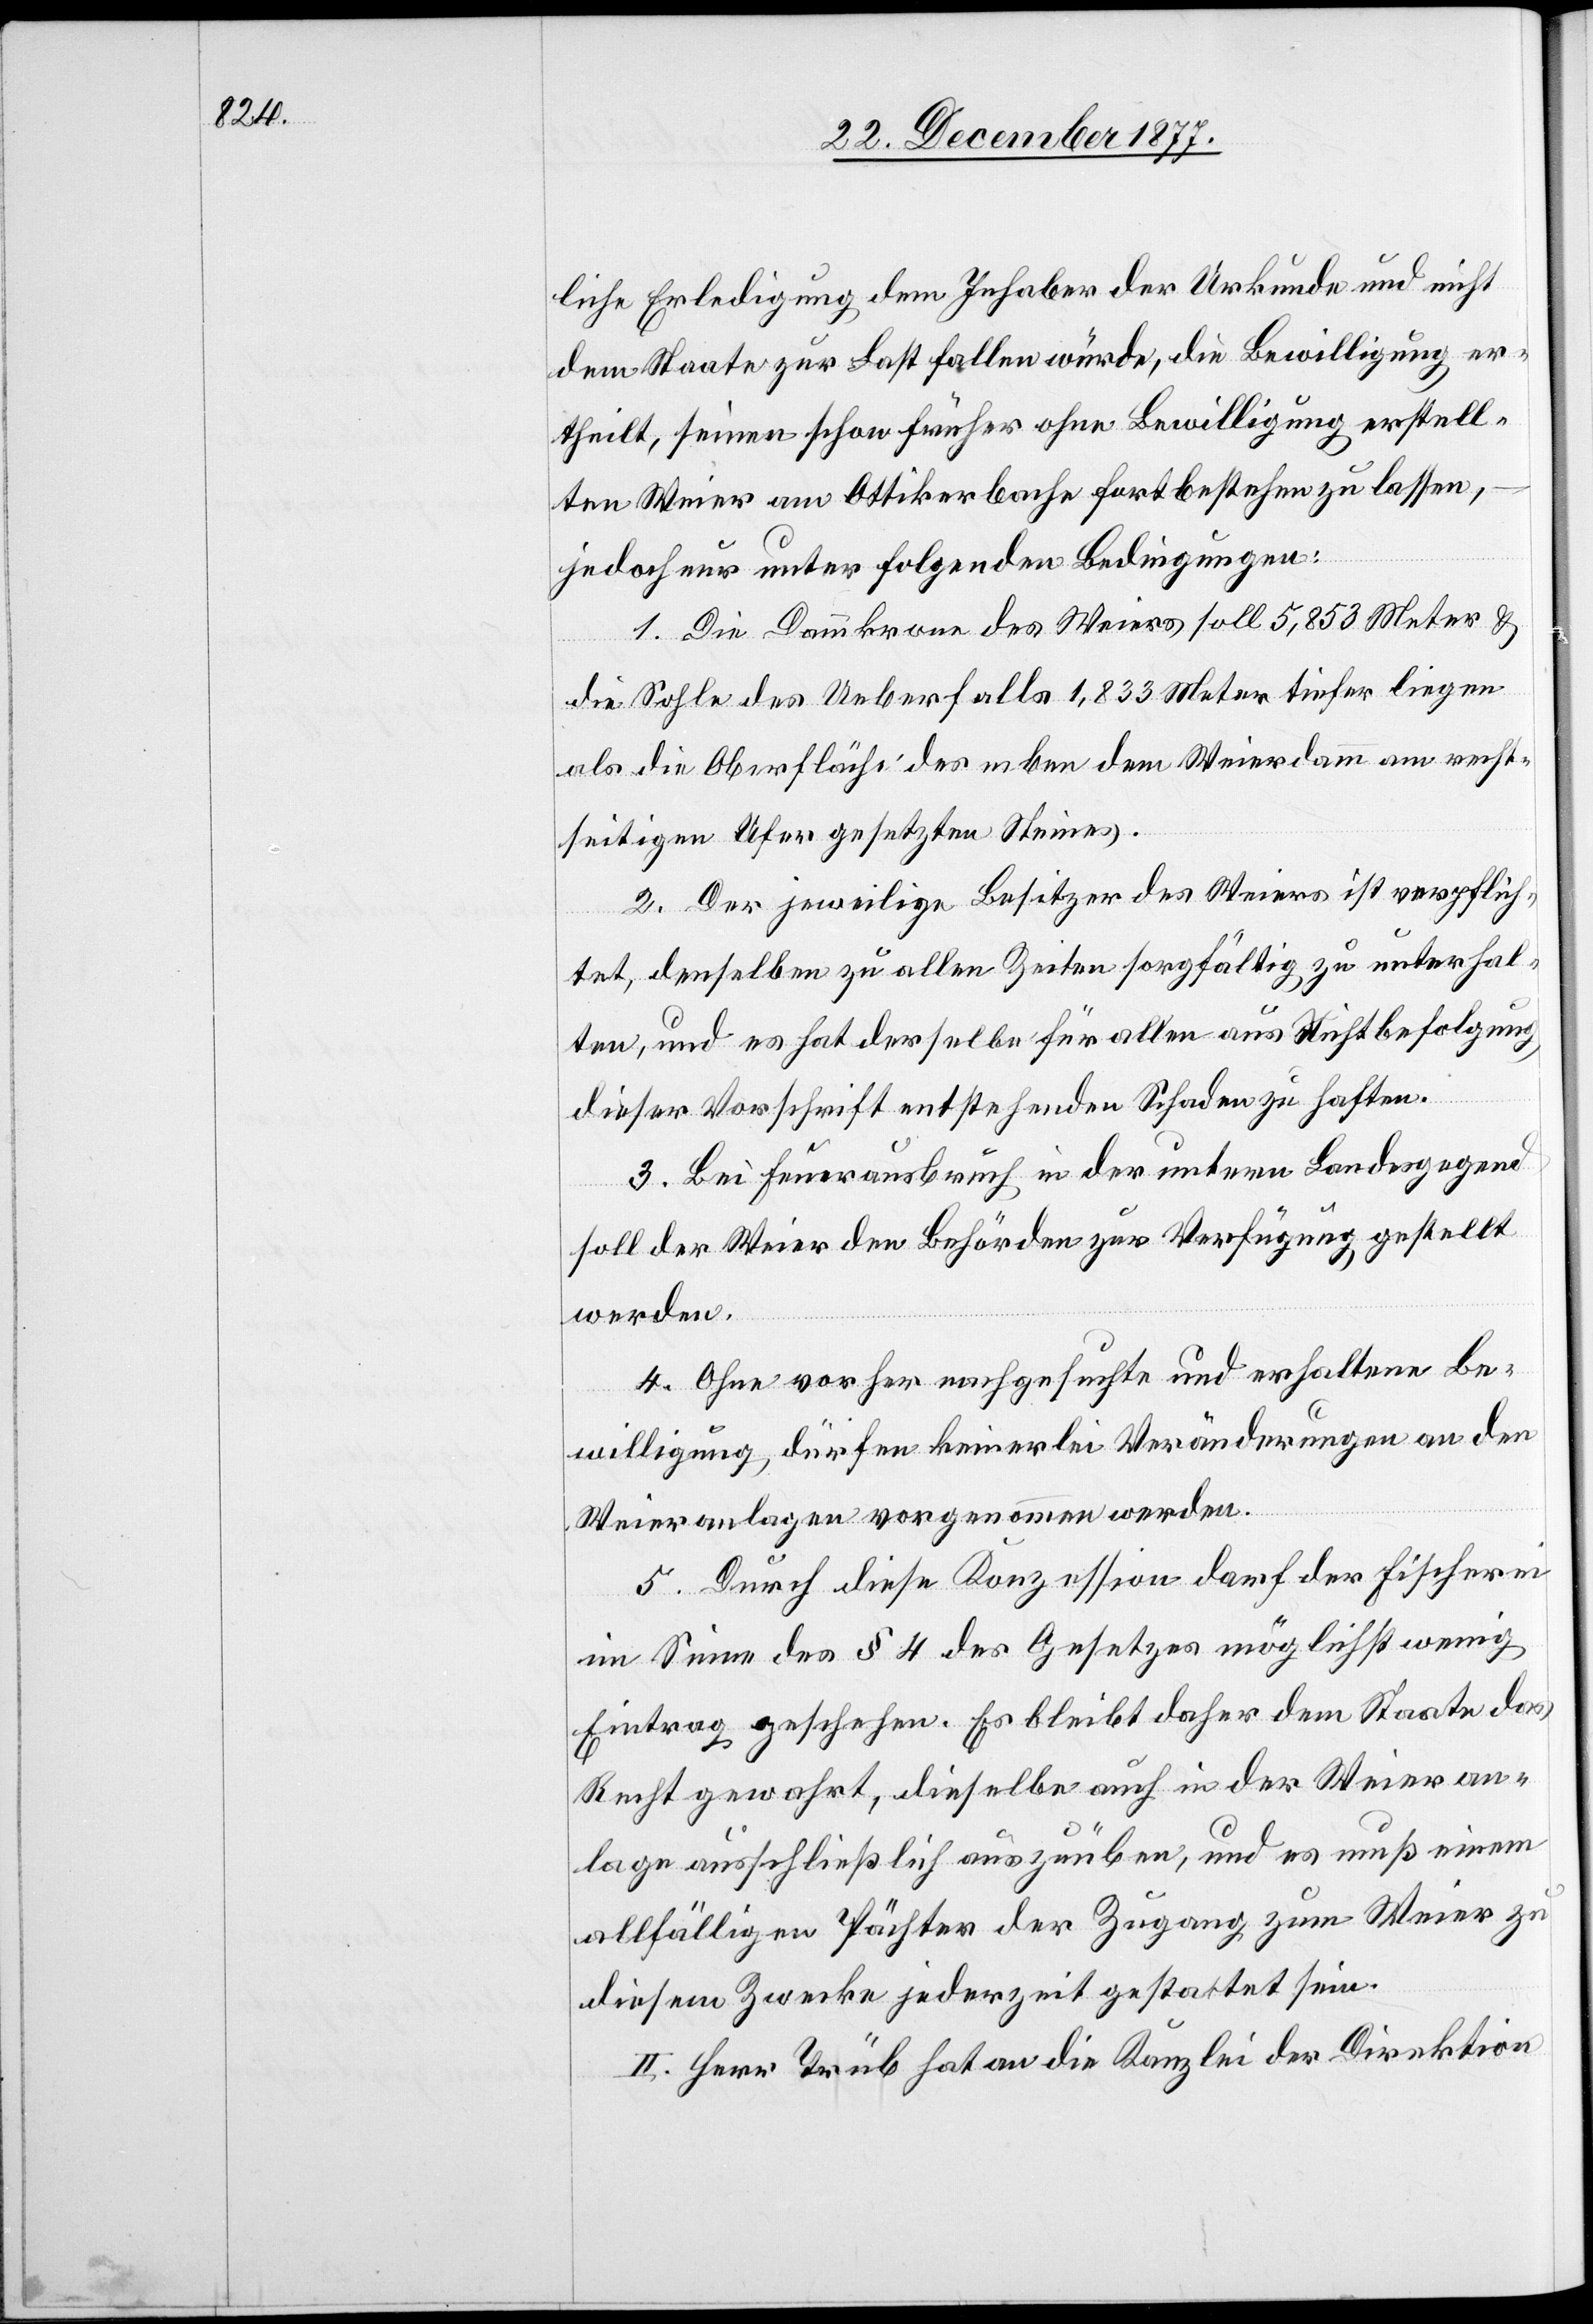
liche Erledigung dem Inhaber der Urkunde und nicht
dem Staate zur Last fallen würde, die Bewilligung er¬
theilt, seinen schon früher ohne Bewilligung erstell¬
ten Weier am Ottikerbache fortbestehen zu lassen,
jedoch nur unter folgenden Bedingungen:
1. Die Dammkrone des Weiers soll 5,853 Meter &
die Sohle des Ueberfalls 1,833 Meter tiefer liegen
als die Oberfläche des neben dem Weierdamm am recht¬
seitigen Ufer gesetzten Steines.
2. Der jeweilige Besitzer des Weiers ist verpflich¬
tet, denselben zu allen Zeiten sorgfältig zu unterhal¬
ten, und es hat derselbe für allen aus Nichtbefolgung
dieser Vorschrift entstehenden Schaden zu haften.
3. Bei Feuerausbruch in der untern Landesgegend
soll der Weier den Behörden zur Verfügung gestellt
werden.
4. Ohne vorher nachgesuchte und erhaltene Be¬
willigung dürfen keinerlei Veränderungen an den
Weieranlagen vorgenommen werden.
5. Durch diese Konzession darf der Fischerei
im Sinne des § 4 des Gesetzes möglichst wenig
Eintrag geschehen. Es bleibt daher dem Staate das
Recht gewahrt, dieselbe auch in der Weieran¬
lage ausschließlich auszuüben, und es muß einem
allfälligen Pächter der Zugang zum Weier zu
diesem Zwecke jederzeit gestattet sein.
II. Herr Trüb hat an die Kanzlei der Direktion